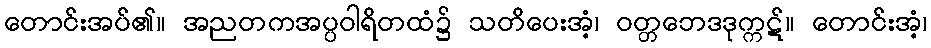
တောင်းအပ်၏။ အညတကအပ္ပဝါရိတထံ၌ သတိပေးအံ့၊ ဝတ္တဘေဒဒုက္ကဋ်။ တောင်းအံ့၊